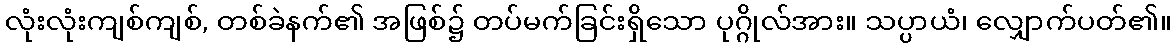
လုံးလုံးကျစ်ကျစ်, တစ်ခဲနက်၏ အဖြစ်၌ တပ်မက်ခြင်းရှိသော ပုဂ္ဂိုလ်အား။ သပ္ပာယံ၊ လျှောက်ပတ်၏။